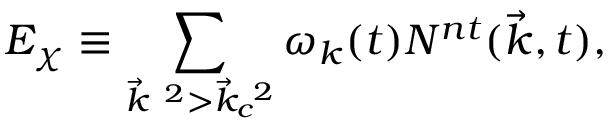
E _ { \chi } \equiv \sum _ { { \vec { k } } ^ { ~ 2 } > { \vec { k } } _ { c } ^ { ~ 2 } } { \omega } _ { k } ( t ) { \cal N } ^ { n t } ( { \vec { k } } , t ) ,